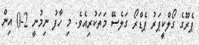
ޕެރޫގެ ގޯލްކީޕަރު ޕެޑްރޯ ގަލެސޭ މަތަކުރިއެވެ. މި ހާފު ނިމުނީ 2-0 އިން